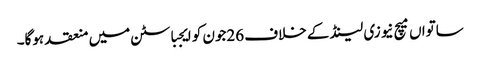
ساتواں میچ نیوزی لینڈ کے خلاف 26جون کو ایجباسٹن میں منعقد ہوگا۔